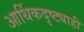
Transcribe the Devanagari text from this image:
आर्थिकदृष्ट्याही